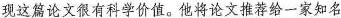
现这篇论文很有科学价值。他将论文推荐给一家知名